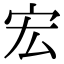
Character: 宏